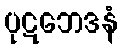
ပုဋဘေဒနံ